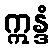
ဣန္ဒံ